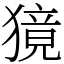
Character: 獍